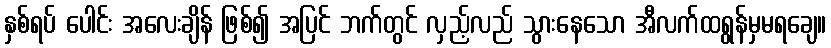
နှစ်ရပ် ပေါင်း အလေးချိန် ဖြစ်၍ အပြင် ဘက်တွင် လှည့်လည် သွားနေသော အီလက်ထရွန်မှမရချေ။